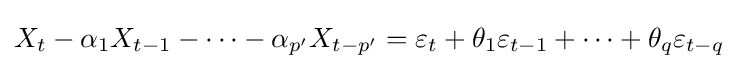
X_{t}-\alpha _{1}X_{t-1}-\dots -\alpha _{p'}X_{t-p'}=\varepsilon _{t}+\theta _{1}\varepsilon _{t-1}+\cdots +\theta _{q}\varepsilon _{t-q}